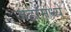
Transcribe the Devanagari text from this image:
जहाँमध्ये